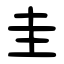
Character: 圭